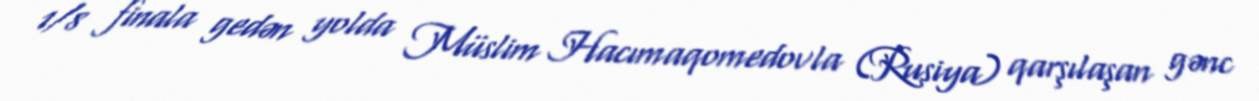
1/8 finala gedən yolda Müslim Hacımaqomedovla (Rusiya) qarşılaşan gənc